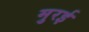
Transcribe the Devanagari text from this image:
मुरई